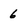
Character: 6